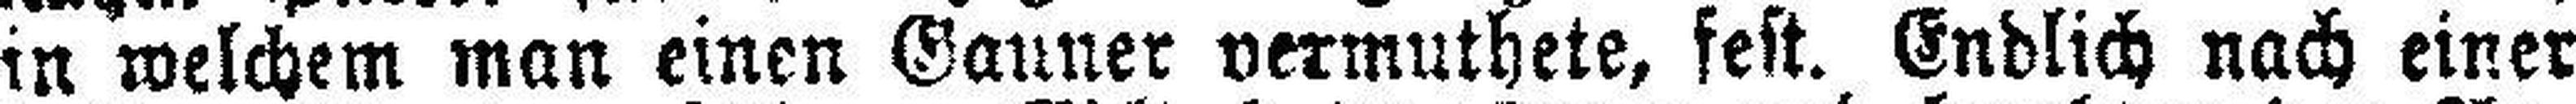
in welchem man einen Gauner vermuthete, fest. Endlich nach einer